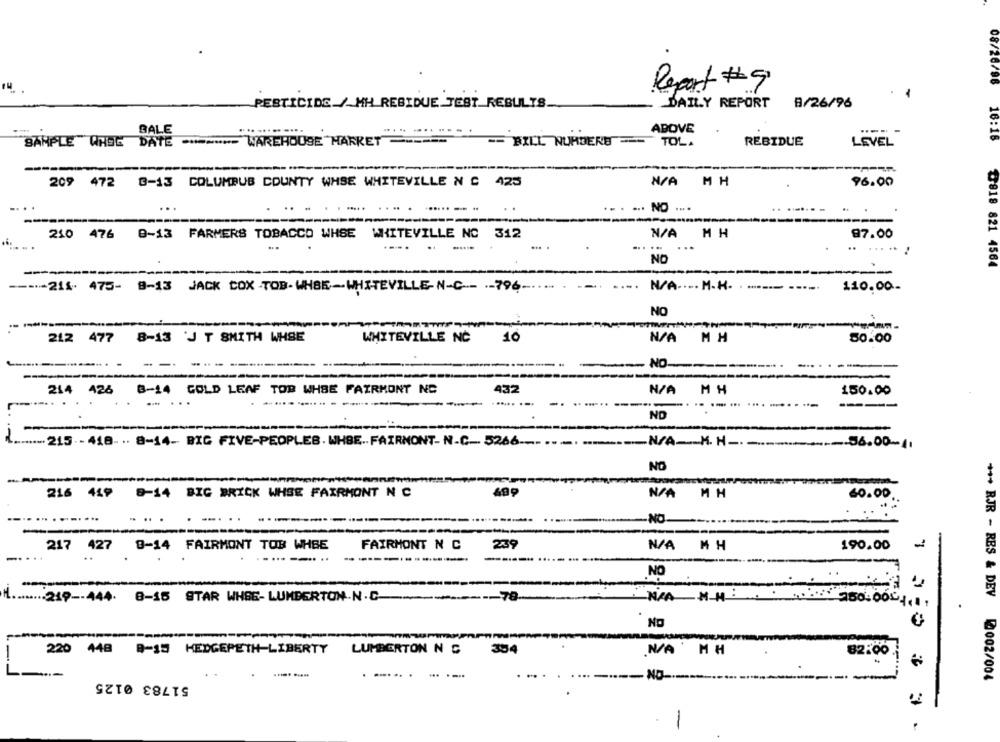
08/26/98
Report # 9
PESTICIDE_/_MH RESIDUE JEST_RESULTS
DAILY REPORT B/26/96
BALE
ABOVE
-*-***- WAREHOUSE HARRET ====
REBIDUE
LEVEL
16:16
BANPLE QHSE DATE
-- BILL NUMBERB -- TOLA
209 472 0-13 COLUMBUS COUNTY WHSE WHITEVILLE N C 425
N/A MH
96.00
...
210 476 8-13 FARMERS TOBACCO WHSE WHITEVILLE NC 312
M H
97.00
....
.. .....
NO
৳818 821 4564
------ 214. 475- 8-13 JACK COX TOB-WHBK-WHITEVILLE- N-C -- -- 796 -.
....
N/A ---- M-H-
110.00-
NO
212 477 8-13 'J T SMITH WHSE
WHITEVILLE NC 10
MH
50.00
NO.
--
214 426 8-14 GOLD LEAF TOB WHBE FAIRMONT NO
432
M H
150.00
..
--- - ---
---
----
ND
-------
-
215 - - 418- .. 8-14- BIG FIVE-PEOPLEB. WHBE .. FAIRMONT- N-C .. 5266-
N/A-K. H -------
-- 96.00-41
NO
-
216 419 8-14 BIG BRICK WHSE FAIRMONT N C
499
MH
60.00.
....
... .
-------
-NO
217 427 8-14 FAIRMONT TOB WHBE
FAIRMONT N C
2:39
MH
190.00
-
NO
--
... 219 -- 444. 8-15 STAR WHBE- LUMBERTON-N.C.
--
-78
No
220 448 -15 HEDGEPETH LIBERTY
LUMBERTON N &
354
.N/A MH
82.00
-
51783 0125
.-.... - --
*** RJR - RES & DEV 2002/004
-